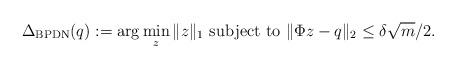
LaTeX: \begin{align*}\Delta_{\textrm{BPDN}}(q):=\arg\min\limits_z \|z\|_1 \textrm{ subject to } \|\Phi z-q\|_2 \leq \delta\sqrt m/2.\end{align*}